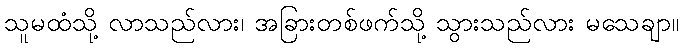
သူမထံသို့ လာသည်လား၊ အခြားတစ်ဖက်သို့ သွားသည်လား မသေချာ။